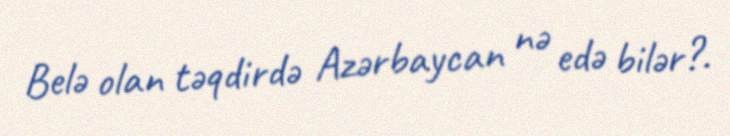
Belə olan təqdirdə Azərbaycan nə edə bilər?.